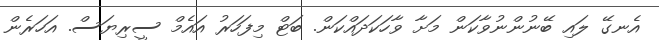
އެނގޭ ލައި ބޭނުންނުވާކަން މަށާ ވާހަކަދައްކަން. ބަޓް މިފަހަރު އައެމް ސީރިޔަސް. އަހަރެން